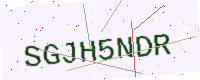
Text: SGJH5NDR